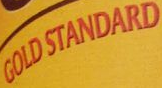
GOLDSTANDARD